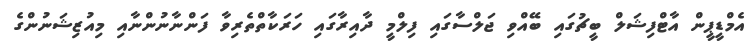
އެމްޑީޕީން އާޓްފިޝަލް ބީޗުގައި ބޭއްވި ޖަލްސާގައި ފިލްމީ ދާއިރާގައި ހަރަކާތްތެރިވާ ފަންނާނުންނާއި މިއުޒިޝަނުންގެ